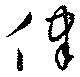
律